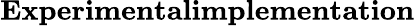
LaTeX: \textbf{Experimentalimplementation}